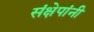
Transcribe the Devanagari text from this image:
संक्षेपांनी